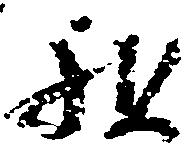
祖